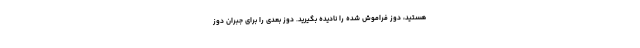
هستید، دوز فراموش شده را نادیده بگیرید. دوز بعدی را برای جبران دوز